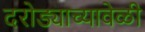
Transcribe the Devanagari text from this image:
दरोड्याच्यावेळी